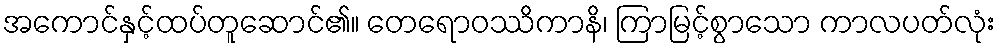
အကောင်နှင့်ထပ်တူဆောင်၏။ တေရောဝဿိကာနိ၊ ကြာမြင့်စွာသော ကာလပတ်လုံး